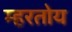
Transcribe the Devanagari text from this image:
म्हरतोय